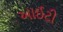
આઈટી